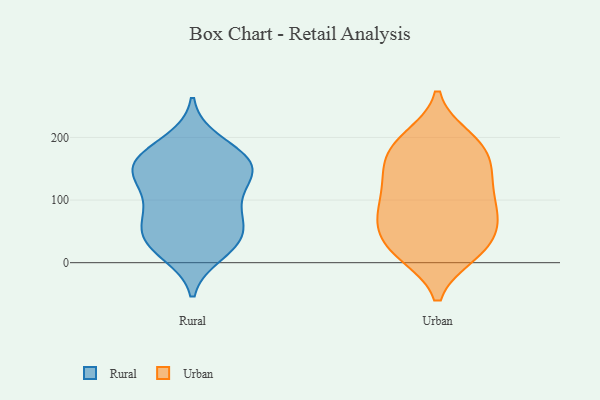
{"axis": {"x": "Customer Acquisition Cost (USD)", "y": "Value"}, "legend": ["Rural", "Urban"], "data": [{"x": "", "y": 82, "type": "Rural"}, {"x": "", "y": 155, "type": "Rural"}, {"x": "", "y": 152, "type": "Rural"}, {"x": "", "y": 34, "type": "Rural"}, {"x": "", "y": 91, "type": "Rural"}, {"x": "", "y": 57, "type": "Rural"}, {"x": "", "y": 141, "type": "Rural"}, {"x": "", "y": 167, "type": "Rural"}, {"x": "", "y": 16, "type": "Rural"}, {"x": "", "y": 144, "type": "Rural"}, {"x": "", "y": 29, "type": "Rural"}, {"x": "", "y": 145, "type": "Rural"}, {"x": "", "y": 34, "type": "Rural"}, {"x": "", "y": 193, "type": "Rural"}, {"x": "", "y": 173, "type": "Rural"}, {"x": "", "y": 106, "type": "Rural"}, {"x": "", "y": 59, "type": "Rural"}, {"x": "", "y": 183, "type": "Urban"}, {"x": "", "y": 19, "type": "Urban"}, {"x": "", "y": 20, "type": "Urban"}, {"x": "", "y": 102, "type": "Urban"}, {"x": "", "y": 53, "type": "Urban"}, {"x": "", "y": 169, "type": "Urban"}, {"x": "", "y": 186, "type": "Urban"}, {"x": "", "y": 199, "type": "Urban"}, {"x": "", "y": 121, "type": "Urban"}, {"x": "", "y": 139, "type": "Urban"}, {"x": "", "y": 71, "type": "Urban"}, {"x": "", "y": 16, "type": "Urban"}, {"x": "", "y": 71, "type": "Urban"}, {"x": "", "y": 137, "type": "Urban"}, {"x": "", "y": 46, "type": "Urban"}, {"x": "", "y": 80, "type": "Urban"}, {"x": "", "y": 143, "type": "Urban"}, {"x": "", "y": 14, "type": "Urban"}, {"x": "", "y": 193, "type": "Urban"}, {"x": "", "y": 86, "type": "Urban"}]}